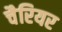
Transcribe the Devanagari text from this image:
चैरियर